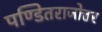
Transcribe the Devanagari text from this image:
पण्डितराजोत्तर